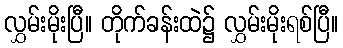
လွှမ်းမိုးပြီ။ တိုက်ခန်းထဲ၌ လွှမ်းမိုးရစ်ပြီ။